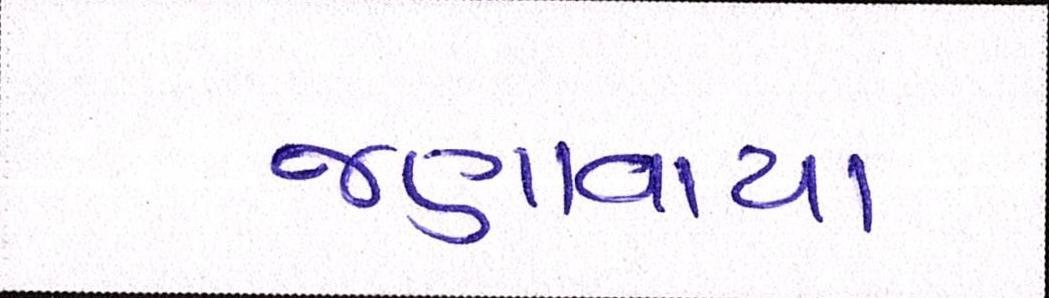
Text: જણાવાયા